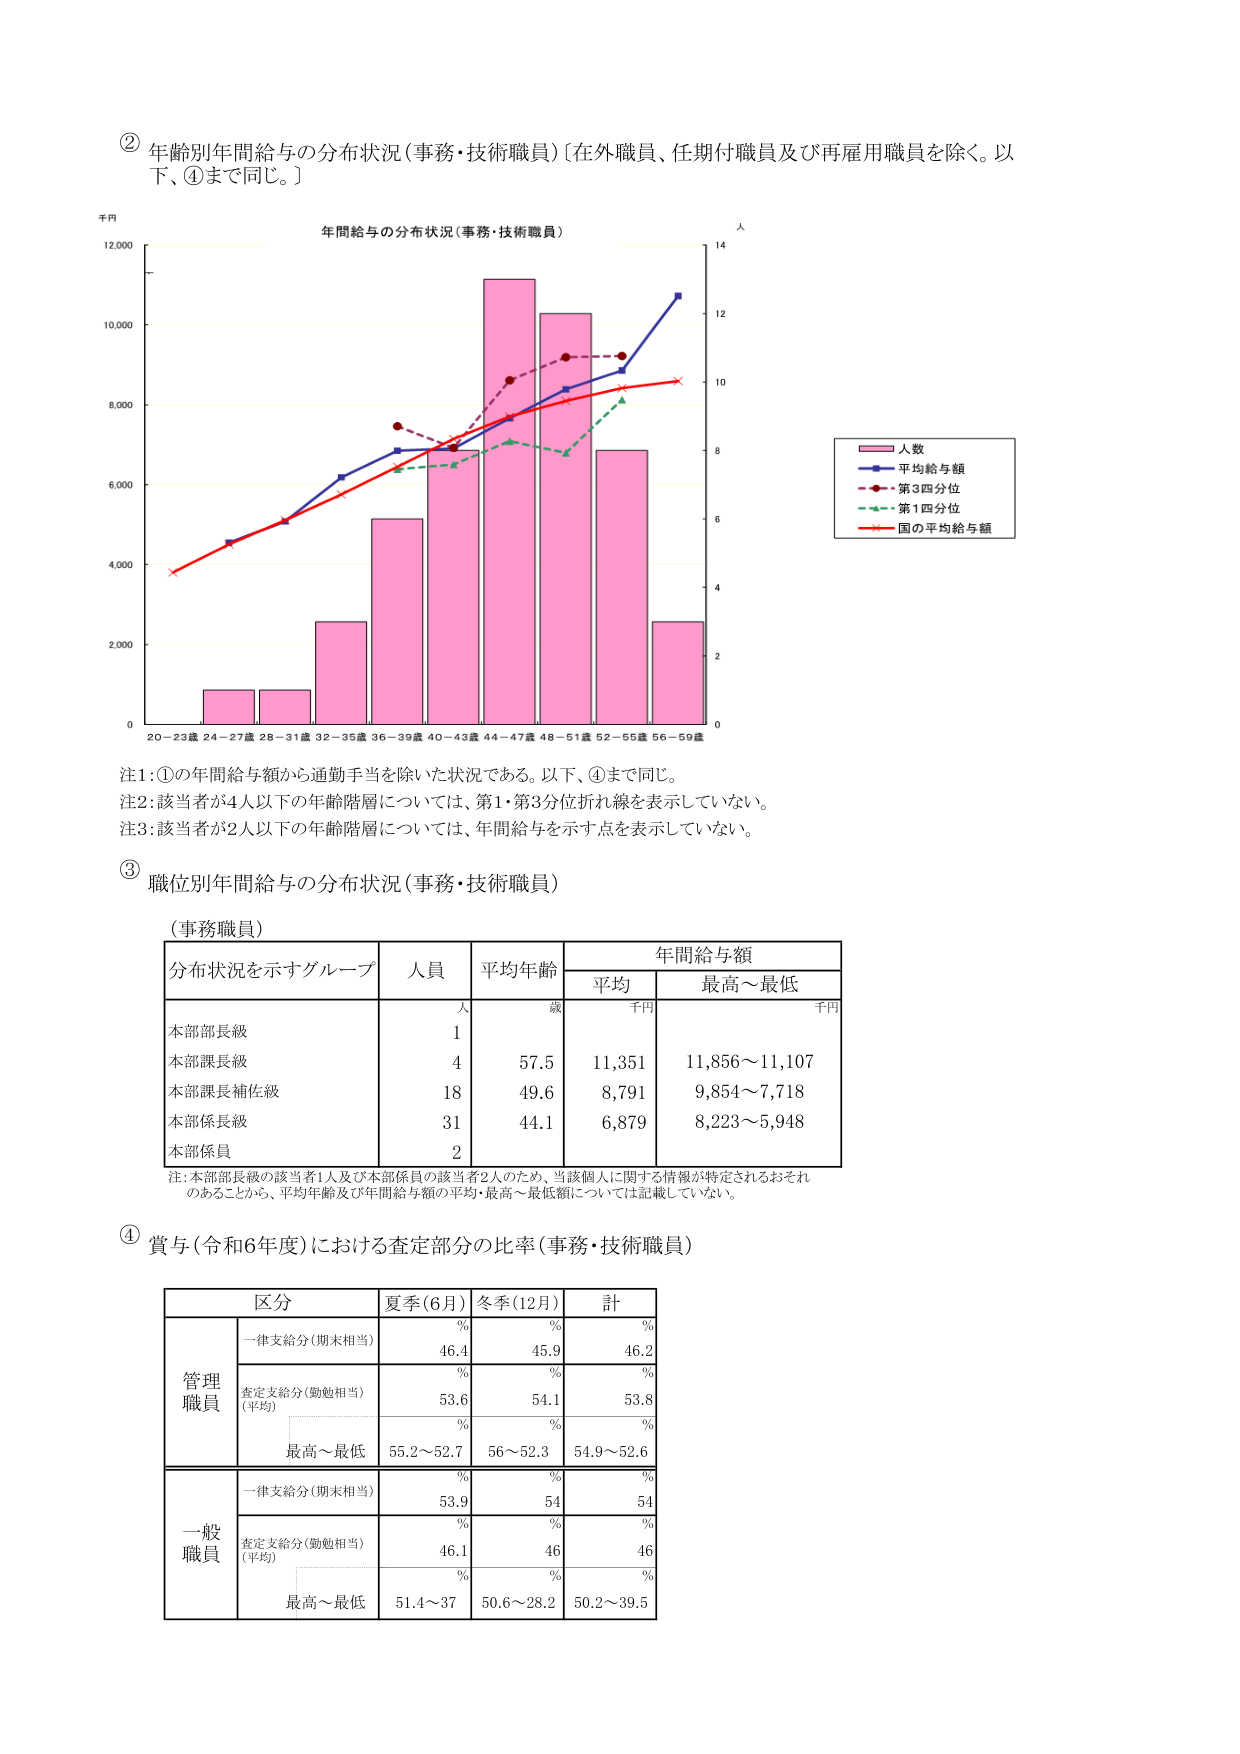
② 年齢別年間給与の分布状況（事務・技術職員）〔在外職員、任期付職員及び再雇用職員を除く。以下、④まで同じ。〕

千円
年間給与の分布状況（事務・技術職員）
人
12,000
14
10,000
12
8,000
10
6,000
8
4,000
6
2,000
4
0
2
0
20－23歳 24－27歳 28－31歳 32－35歳 36－39歳 40－43歳 44－47歳 48－51歳 52－55歳 56－59歳

人数
平均給与額
第3四分位
第1四分位
国の平均給与額

注1：①の年間給与額から通勤手当を除いた状況である。以下、④まで同じ。
注2：該当者が4人以下の年齢階層については、第1・第3分位折れ線を表示していない。
注3：該当者が2人以下の年齢階層については、年間給与を示す点を表示していない。

③ 職位別年間給与の分布状況（事務・技術職員）

（事務職員）

分布状況を示すグループ　人員　平均年齢　年間給与額
　　　　　　　　　　　　　　　　　　平均　最高～最低
　　　　　　　　　　　　　　　　　　千円　千円
本部部長級　　　　　　　　1